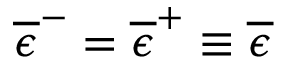
\overline { { \epsilon } } ^ { - } = \overline { { \epsilon } } ^ { + } \equiv \overline { { \epsilon } }